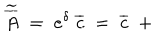
\widetilde { \overline { { { A } } } } \; = \; e ^ { \delta } \; \overline { { { c } } } \; = \; \overline { { { c } } } \; + \;